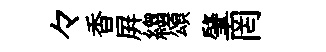
々香屛縐頌肇罔